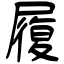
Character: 履